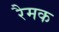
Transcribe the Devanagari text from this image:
रैमक